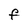
Character: F